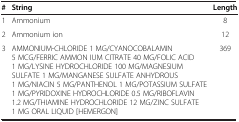
<table><thead><tr><td><b>#</b></td><td><b>String</b></td><td><b>Length</b></td></tr></thead><tbody><tr><td>1</td><td>Ammonium</td><td>8</td></tr><tr><td>2</td><td>Ammonium ion</td><td>12</td></tr><tr><td>3</td><td>AMMONIUM-CHLORIDE 1 MG/CYANOCOBALAMIN 5 MCG/FERRIC AMMON IUM CITRATE 40 MG/FOLIC ACID 1 MG/LYSINE HYDROCHLORIDE 100 MG/MAGNESIUM SULFATE 1 MG/MANGANESE SULFATE ANHYDROUS 1 MG/NIACIN 5 MG/PANTHENOL 1 MG/POTASSIUM SULFATE 1 MG/PYRIDOXINE HYDROCHLORIDE 0.5 MG/RIBOFLAVIN 1.2 MG/THIAMINE HYDROCHLORIDE 12 MG/ZINC SULFATE 1 MG ORAL LIQUID [HEMERGON]</td><td>369</td></tr></tbody></table>